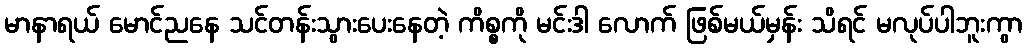
မာနာရယ် မောင်ညနေ သင်တန်းသွားပေးနေတဲ့ ကိစ္စကို မင်းဒါ လောက် ဖြစ်မယ်မှန်း သိရင် မလုပ်ပါဘူးကွာ